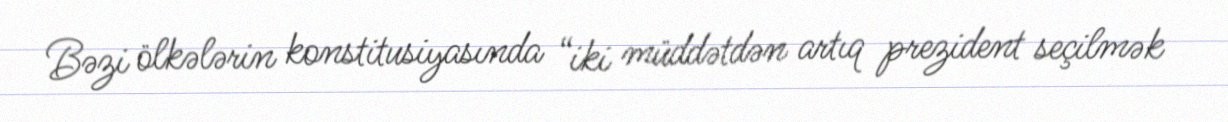
Bəzi ölkələrin konstitusiyasında “iki müddətdən artıq prezident seçilmək